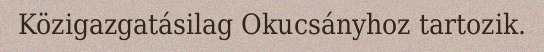
Közigazgatásilag Okucsányhoz tartozik.